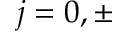
j = 0 , \pm